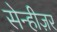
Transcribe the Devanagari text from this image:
सेन्हीज़र